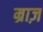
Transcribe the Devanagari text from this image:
म्राज़